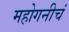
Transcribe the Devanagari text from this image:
महोगनीचं